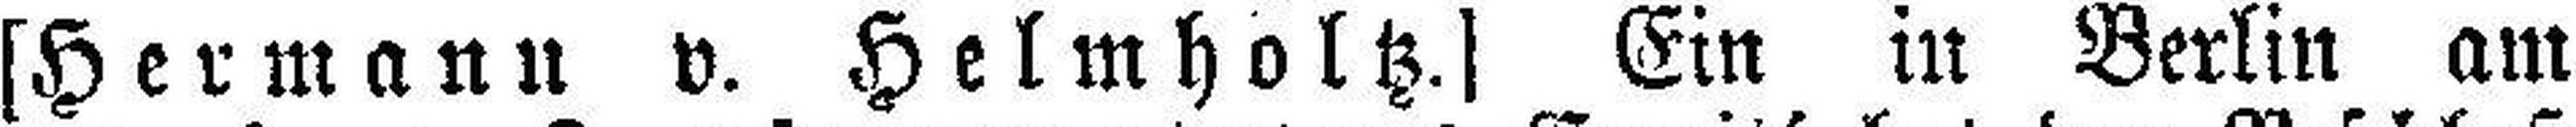
[Hermanu v. Helmholtz.] Ein in Berlin am